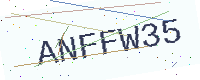
Text: ANFFW35